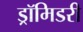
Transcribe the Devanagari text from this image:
ड्रॉमिडरी